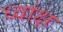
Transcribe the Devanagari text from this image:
ध्वांक्ष